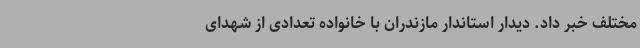
مختلف خبر داد. دیدار استاندار مازندران با خانواده تعدادی از شهدای